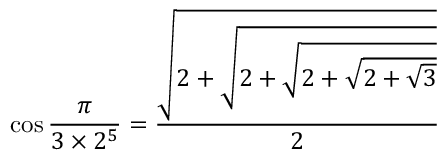
\cos { \frac { \pi } { 3 \times 2 ^ { 5 } } } = { \frac { \sqrt { 2 + { \sqrt { 2 + { \sqrt { 2 + { \sqrt { 2 + { \sqrt { 3 } } } } } } } } } } { 2 } }